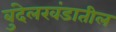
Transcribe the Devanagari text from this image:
बुंदेलखंडातील